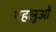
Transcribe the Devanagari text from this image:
पहलुओें